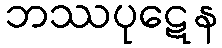
ဘဿပုဋေန